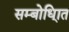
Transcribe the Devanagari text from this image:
सम्बोधि्ात